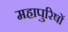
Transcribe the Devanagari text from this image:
महापुरिषों